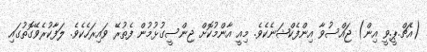
(އެޗް.ޕީ.ވީ އިން) ޖައްސުވާ އިންފެކްޝަނެކެވެ. މިއީ އާންމުކޮށް ޖިންސީގުޅުމުން ފެތުރޭ ވައިރަހެކެވެ. ލަފާކުރެވޭގޮތުގައި